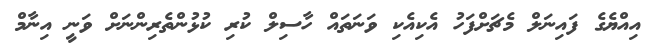
އިއްޔެގެ ފައިނަލް މެޗަށްފަހު އެކިއެކި ވަނަތައް ހާސިލް ކުރި ކުޅުންތެރިންނަށް ވަނީ އިނާމް